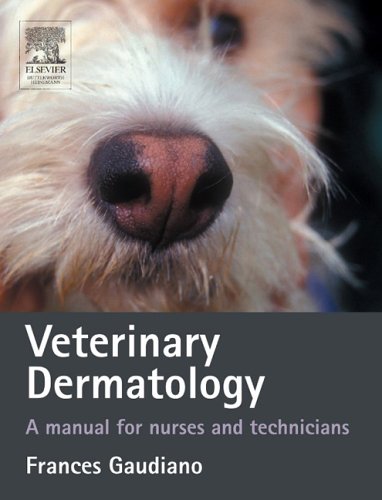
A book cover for Veterinary Dermatology: A Manual for Nurses and Technicians, 1e; Frances Jane Mary Gaudiano MA  VN  Dipl Derm; Medical Books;